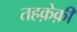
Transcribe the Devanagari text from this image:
तहक़ेक़ी